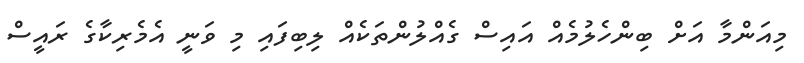
މިއަންމާ އަށް ބިންހެލުމެއް އައިސް ގެއްލުންތަކެއް ލިބިފައި މި ވަނީ އެމެރިކާގެ ރައީސް